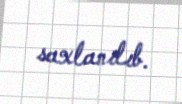
saxlanılıb.